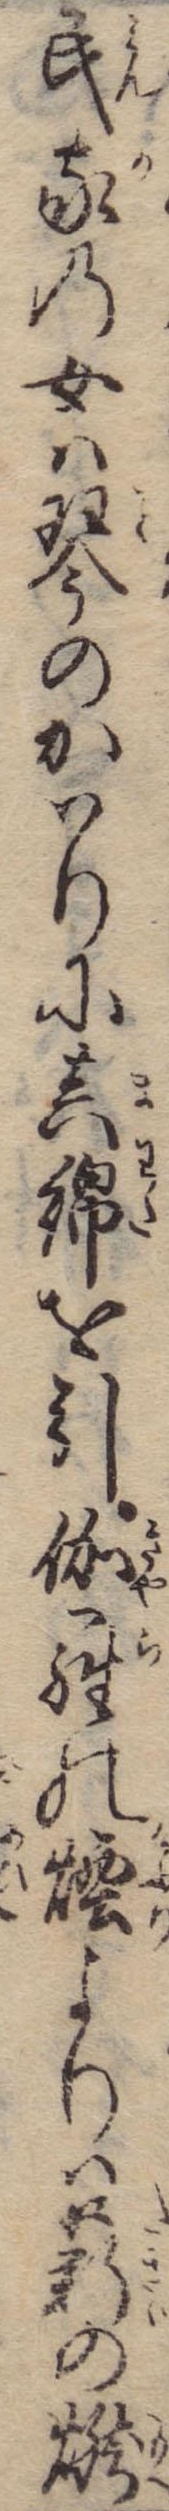
民家の女は琴のかはりに真綿を引伽羅の煙よりは薪の燃